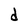
Character: d